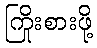
ကြိုးစားဖို့